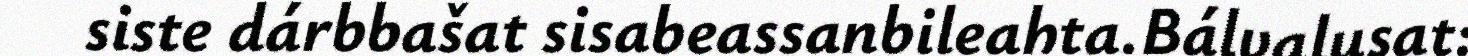
siste dárbbašat sisabeassanbileahta.Bálvalusat: